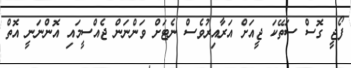
ފޯޖީ ގޮސް ސަތޭކަ ޖީއަށް އަރާއިރުވެސް ނެޓަށް ވަންނަން ޖެއްސީމައި އޮންނަނީ އޮތް